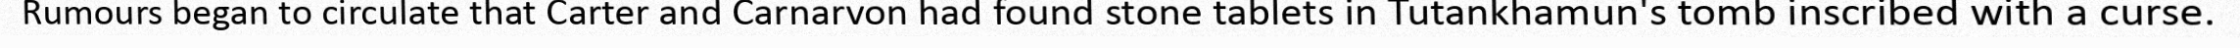
Rumours began to circulate that Carter and Carnarvon had found stone tablets in Tutankhamun's tomb inscribed with a curse.